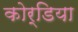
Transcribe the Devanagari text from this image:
कोर्डिया